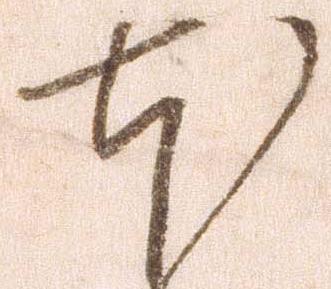
本